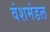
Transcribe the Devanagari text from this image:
वंशमंडल